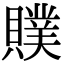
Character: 贌